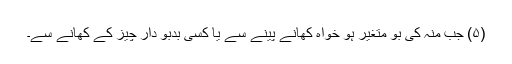
(۵) جب منہ کی بو مُتغیر ہو خواہ کھانے پینے سے یا کسی بدبو دار چیز کے کھانے سے۔